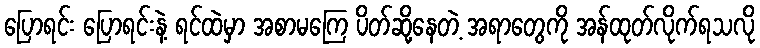
ပြောရင်း ပြောရင်းနဲ့ ရင်ထဲမှာ အစာမကြေ ပိတ်ဆို့နေတဲ့ အရာတွေကို အန်ထုတ်လိုက်ရသလို